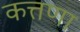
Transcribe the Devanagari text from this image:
कत्तणा